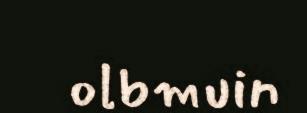
olbmuin